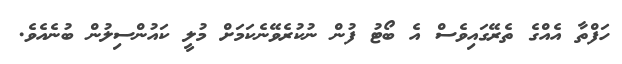
ހަފްތާ އެއްގެ ތެރޭގައިވެސް އެ ބޯޓު ފުން ނުކުރެވޭނެކަމަށް މުލީ ކައުންސިލުން ބުނެއެވެ.